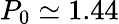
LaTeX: P_{0}\simeq 1.44